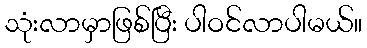
သုံးလာမှာဖြစ်ပြီး ပါဝင်လာပါမယ်။